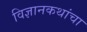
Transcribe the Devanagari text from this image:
विज्ञानकथांचा